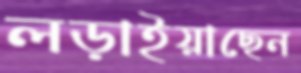
লড়াইয়াছেন